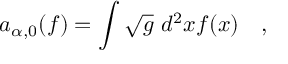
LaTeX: a _ { \alpha , 0 } ( f ) = \int \sqrt { g } ~ d ^ { 2 } x f ( x ) ~ ~ ~ ,